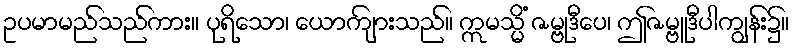
ဥပမာမည်သည်ကား။ ပုရိသော၊ ယောကျ်ားသည်။ ဣမသ္မိံ ဇမ္ဗုဒီပေ၊ ဤဇမ္ဗူဒီပါကျွန်း၌။